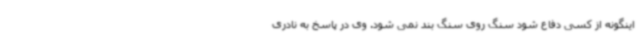
اینگونه از کسی دفاع شود سنگ روی سنگ بند نمی شود. وی در پاسخ به نادری